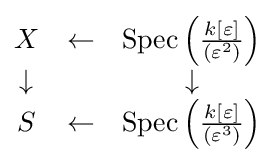
{\begin{matrix}X&\leftarrow &{\text{Spec}}\left({\frac {k[\varepsilon ]}{(\varepsilon ^{2})}}\right)\\\downarrow &&\downarrow \\S&\leftarrow &{\text{Spec}}\left({\frac {k[\varepsilon ]}{(\varepsilon ^{3})}}\right)\end{matrix}}